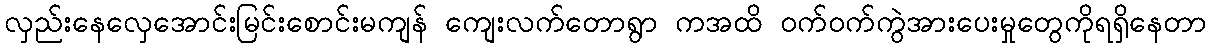
လှည်းနေလှေအောင်းမြင်းစောင်းမကျန် ကျေးလက်တောရွာ ကအထိ ဝက်ဝက်ကွဲအားပေးမှုတွေကိုရရှိနေတာ